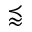
\precapprox